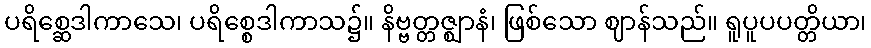
ပရိစ္ဆေဒါကာသေ၊ ပရိစ္စေဒါကာသ၌။ နိဗ္ဗတ္တဇ္ဈာနံ၊ ဖြစ်သော ဈာန်သည်။ ရူပူပပတ္တိယာ၊